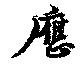
応